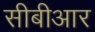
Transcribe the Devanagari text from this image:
सीबीआर